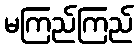
မကြည်ကြည်